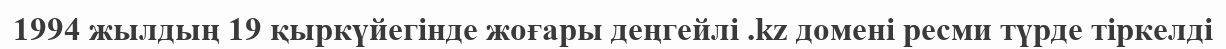
1994 жылдың 19 қыркүйегінде жоғары деңгейлі .kz домені ресми түрде тіркелді